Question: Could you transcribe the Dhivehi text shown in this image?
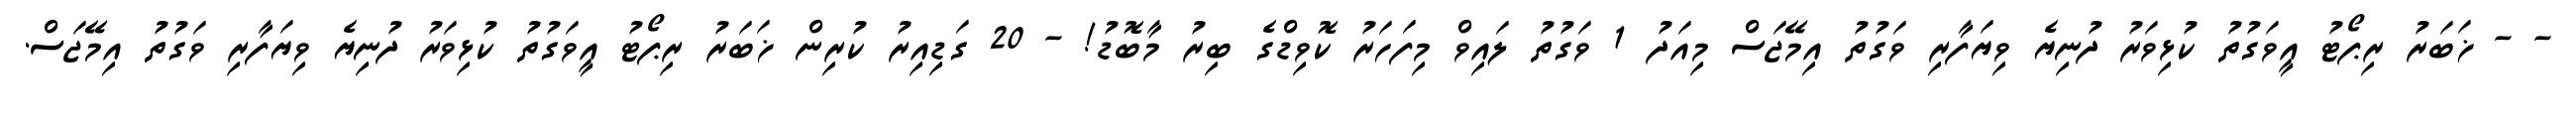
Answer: - - ޚަބަރު ރިޕޯޓު އީވަގުތު ކުޅިވަރު ދުނިޔެ ވިޔަފާރި ވަގުތު އިމޭޖަސް މިއަދު 1 ވަގުތު ލައިވް މިފަހަރު ކޮވިޑްގެ ބިރު މާބޮޑު! - 20 ގަޑިއިރު ކުރިން ޚަބަރު ރިޕޯޓު އީވަގުތު ކުޅިވަރު ދުނިޔެ ވިޔަފާރި ވަގުތު އިމޭޖަސް.